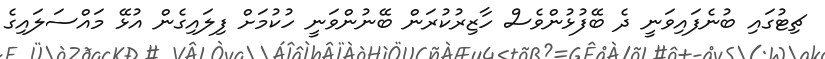
ޗިޓުގައި ބުނެފައިވަނީ ދެ ބޭފުޅުންވެސް ހާޒިރުކުރަން ބޭނުންވަނީ ހުކުމަށް ފިލައިގެން އުޅޭ މައްސަލައިގެ